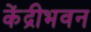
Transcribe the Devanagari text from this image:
केंद्रीभवन